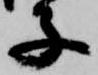
子